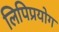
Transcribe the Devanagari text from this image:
लिपिप्रयोग